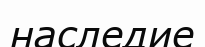
наследие